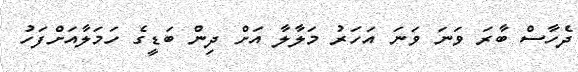
ދެހާސް ބާރަ ވަނަ ވަނަ އަހަރު މަލާލާ އަށް ދިން ބަޑީގެ ހަމަލާއަށްފަހު